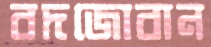
বদজোবান